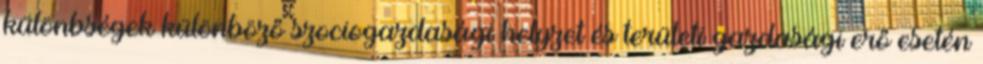
különbségek különböző szociogazdasági helyzet és területi gazdasági erő esetén